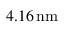
4 . 1 6 \, \mathrm { n m }